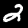
Digit: 2